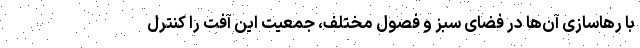
با رهاسازی آن‌ها در فضای سبز و فصول مختلف، جمعیت این آفت را کنترل